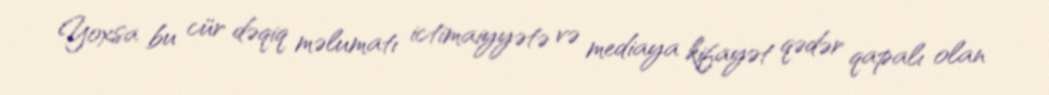
Yoxsa bu cür dəqiq məlumatı ictimaiyyətə və mediaya kifayət qədər qapalı olan